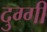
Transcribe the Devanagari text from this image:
दुग्गी